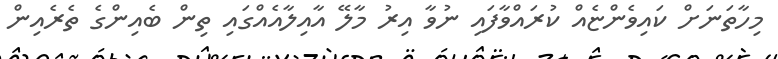
މިހާތަނަށް ކައިވެންޏެއް ކުރައްވާފައި ނުވާ އިރު މާލޭ އާއިލާއެއްގައި ތިން ބެއިންގެ ތެރެއިން